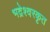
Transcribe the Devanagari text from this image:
भद्रेश्वरकृत